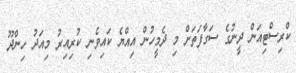
ކްރިސްޓިއަން ދީނުގެ ސަގާފަތަށް މި ދެމީހުން އިއްޔެ ކައިވެނި ކުރިއިރު މިއަދު ހިންދޫ